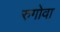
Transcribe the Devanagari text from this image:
रुगोवा